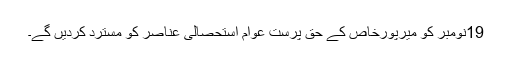
19نومبر کو میرپورخاص کے حق پرست عوام استحصالی عناصر کو مسترد کردیں گے۔